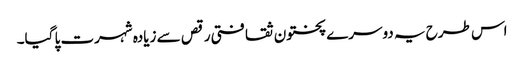
اس طرح یہ دوسرے پختون ثقافتی رقص سے زیادہ شہرت پا گیا۔